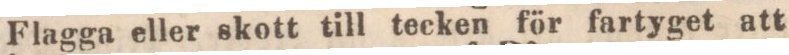
Flagga eller skott till tecken för fartyget att